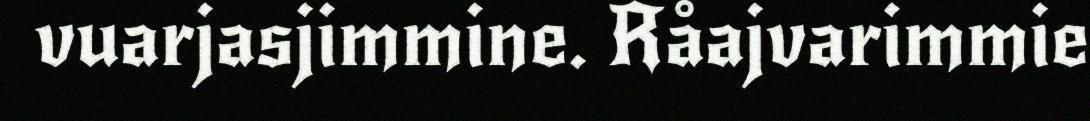
vuarjasjimmine. Råajvarimmie